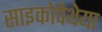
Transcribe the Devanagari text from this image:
साइकोपेथेया